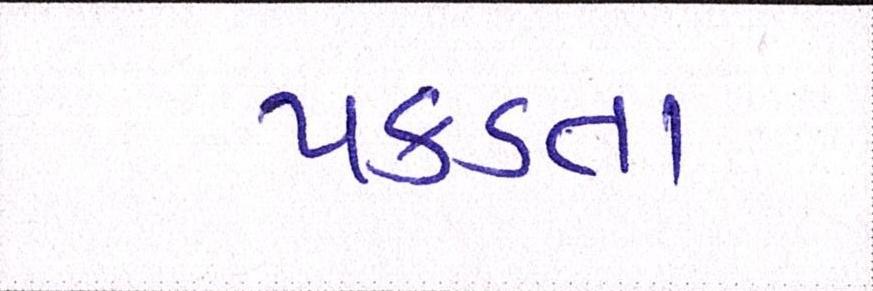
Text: પકડતા